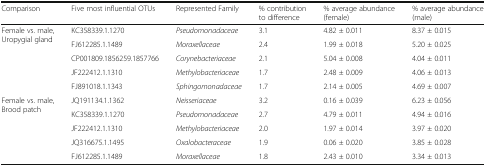
| Comparison | Five most influential OTUs | Represented Family | % contribution to difference | % average abundance (female) | % average abundance (male) |
 | --- | --- | --- | --- | --- | --- |
 | <ROWSPAN=5> Female vs. male,Uropygial gland | KC358339.1.1270 | Pseudomonadaceae | 3.1 | 4.82 ± 0.011 | 8.37 ± 0.015 |
 | FJ612285.1.1489 | Moraxellaceae | 2.4 | 1.99 ± 0.018 | 5.20 ± 0.025 |
 | CP001809.1856259.1857766 | Corynebacteriaceae | 2.1 | 5.04 ± 0.008 | 4.04 ± 0.011 |
 | JF222412.1.1310 | Methylobacteriaceae | 1.7 | 2.48 ± 0.009 | 4.06 ± 0.013 |
 | FJ891018.1.1343 | Sphingomonadaceae | 1.7 | 2.14 ± 0.005 | 4.69 ± 0.007 |
 | <ROWSPAN=5> Female vs. male,Brood patch | JQ191134.1.1362 | Neisseriaceae | 3.2 | 0.16 ± 0.039 | 6.23 ± 0.056 |
 | KC358339.1.1270 | Pseudomonadaceae | 2.7 | 4.79 ± 0.011 | 4.94 ± 0.016 |
 | JF222412.1.1310 | Methylobacteriaceae | 2.0 | 1.97 ± 0.014 | 3.97 ± 0.020 |
 | JQ316675.1.1495 | Oxalobacteraceae | 1.9 | 0.06 ± 0.020 | 3.85 ± 0.028 |
 | FJ612285.1.1489 | Moraxellaceae | 1.8 | 2.43 ± 0.010 | 3.34 ± 0.013 |